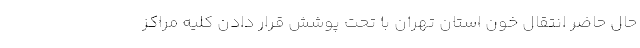
حال حاضر انتقال خون استان تهران با تحت پوشش قرار دادن کلیه مراکز